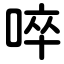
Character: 啐